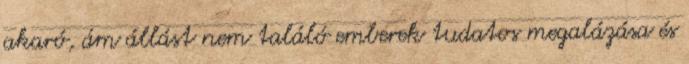
akaró, ám állást nem találó emberek tudatos megalázása és